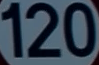
120